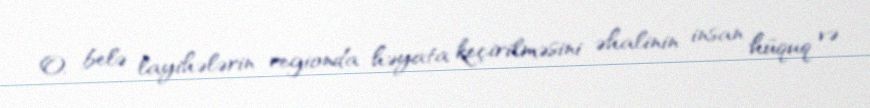
O, belə layihələrin regionda həyata keçirilməsini əhalinin insan hüquq və